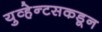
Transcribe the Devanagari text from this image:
युव्हेन्टसकडून